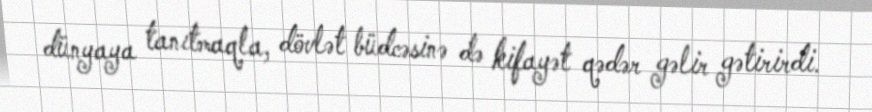
dünyaya tanıtmaqla, dövlət büdcəsinə də kifayət qədər gəlir gətirirdi.